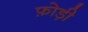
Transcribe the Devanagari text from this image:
फ़ोड़ी